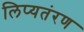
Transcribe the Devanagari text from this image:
लिप्यतंरण